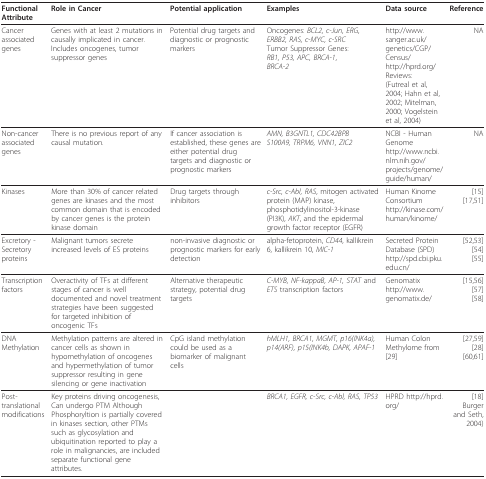
<table><thead><tr><td><b>Functional Attribute</b></td><td><b>Role in Cancer</b></td><td><b>Potential application</b></td><td><b>Examples</b></td><td><b>Data source</b></td><td><b>Reference</b></td></tr></thead><tbody><tr><td>Cancer associated genes</td><td>Genes with at least 2 mutations in causally implicated in cancer. Includes oncogenes, tumor suppressor genes</td><td>Potential drug targets and diagnostic or prognostic markers</td><td>Oncogenes: <i>BCL2, c-Jun, ERG, ERBB2, RAS, c-MYC, c-SRC</i>Tumor Suppressor Genes:<i>RB1, P53, APC, BRCA-1</i>,<i>BRCA-2</i></td><td>http://www.sanger.ac.uk/genetics/CGP/Census/http://hprd.org/Reviews:(Futreal et al, 2004; Hahn et al, 2002; Mitelman, 2000; Vogelstein et al, 2004)</td><td>NA</td></tr><tr><td>Non-cancer associated genes</td><td>There is no previous report of any causal mutation.</td><td>If cancer association is established, these genes are either potential drug targets and diagnostic or prognostic markers</td><td><i>AMN, B3GNTL1, CDC42BPB</i><i>S100A9, TRPM6, VNN1, ZIC2</i></td><td>NCBI - Human Genomehttp://www.ncbi.nlm.nih.gov/projects/genome/guide/human/</td><td>NA</td></tr><tr><td>Kinases</td><td>More than 30% of cancer related genes are kinases and the most common domain that is encoded by cancer genes is the protein kinase domain</td><td>Drug targets through inhibitors</td><td><i>c-Src, c-Abl, RAS</i>, mitogen activated protein (MAP) kinase, phosphotidylinositol-3-kinase (PI3K), <i>AKT</i>, and the epidermal growth factor receptor (EGFR)</td><td>Human Kinome Consortium http://kinase.com/human/kinome/</td><td>[15][17,51]</td></tr><tr><td>Excretory - Secretory proteins</td><td>Malignant tumors secrete increased levels of ES proteins</td><td>non-invasive diagnostic or prognostic markers for early detection</td><td>alpha-fetoprotein, <i>CD44</i>, kallikrein 6, kallikrein 10, <i>MIC-1</i></td><td>Secreted Protein Database (SPD)http://spd.cbi.pku.edu.cn/</td><td>[52,53][54][55]</td></tr><tr><td>Transcription factors</td><td>Overactivity of TFs at different stages of cancer is well documented and novel treatment strategies have been suggested for targeted inhibition of oncogenic TFs</td><td>Alternative therapeutic strategy, potential drug targets</td><td><i>C-MYB, NF-kappaB, AP-1, STAT </i>and <i>ETS </i>transcription factors</td><td>Genomatixhttp://www.genomatix.de/</td><td>[15,56][57][58]</td></tr><tr><td>DNA Methylation</td><td>Methylation patterns are altered in cancer cells as shown in hypomethylation of oncogenes and hypermethylation of tumor suppressor resulting in gene silencing or gene inactivation</td><td>CpG island methylation could be used as a biomarker of malignant cells</td><td><i>hMLH1, BRCA1, MGMT, p16(INK4a), p14(ARF), p15(INK4b, DAPK, APAF-1</i></td><td>Human Colon Methylome from [29]</td><td>[27,59][28][60,61]</td></tr><tr><td>Post-translational modifications</td><td>Key proteins driving oncogenesis, Can undergo PTM Although Phosphoryltion is partially covered in kinases section, other PTMs such as glycosylation and ubiquitination reported to play a role in malignancies, are included separate functional gene attributes.</td><td></td><td><i>BRCA1, EGFR, c-Src, c-Abl, RAS, TP53</i></td><td>HPRD http://hprd.org/</td><td>[18]Burger and Seth, 2004)</td></tr></tbody></table>